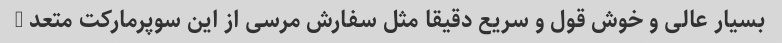
بسیار عالی و خوش قول و سریع دقیقا مثل سفارش مرسی از این سوپرمارکت متعد …